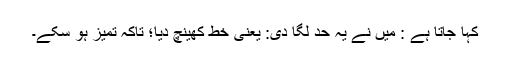
کہا جاتا ہے : میں نے یہ حد لگا دی: یعنی خط کھینچ دیا؛ تاکہ تمیز ہو سکے۔